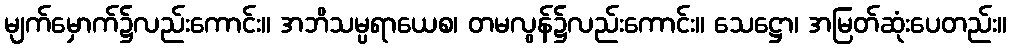
မျက်မှောက်၌လည်းကောင်း။ အဘိသမ္ပရာယေစ၊ တမလွန်၌လည်းကောင်း။ သေဋ္ဌော၊ အမြတ်ဆုံးပေတည်း။